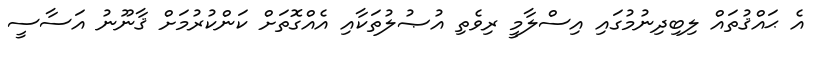
އެ ޙައްޤުތައް ލިބިދިނުމުގައި އިސްލާމީ ރިވެތި އުޞުލުތަކާއި އެއްގޮތަށް ކަންކުރުމަށް ޤާނޫނު އަސާސީ